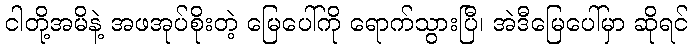
ငါတို့အမိနဲ့ အဖအုပ်စိုးတဲ့ မြေပေါ်ကို ရောက်သွားပြီ၊ အဲဒီမြေပေါ်မှာ ဆိုရင်